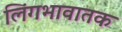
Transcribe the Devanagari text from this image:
लिंगभावातक